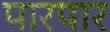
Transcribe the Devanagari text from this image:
पारपार